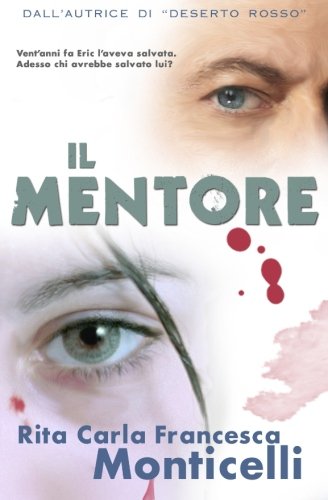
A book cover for Il mentore (Italian Edition); Rita Carla Francesca Monticelli; Literature & Fiction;